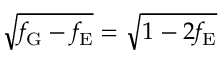
\sqrt { f _ { \mathrm { G } } - f _ { \mathrm { E } } } = \sqrt { 1 - 2 f _ { \mathrm { E } } }